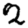
Digit: 2